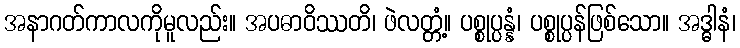
အနာဂတ်ကာလကိုမူလည်း။ အပဓာဝိဿတိ၊ ဖဲလတ္တံ့။ ပစ္စုပ္ပန္နံ၊ ပစ္စုပ္ပန်ဖြစ်သော။ အဒ္ဓါနံ၊